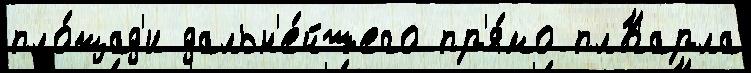
пло́щад'и дальн'е́йшего пр'я́мо плКарла